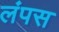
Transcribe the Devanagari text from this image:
लंपस